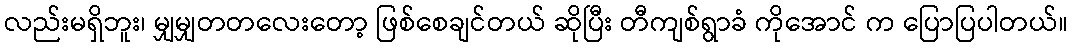
လည်းမရှိဘူး၊ မျှမျှတတလေးတော့ ဖြစ်စေချင်တယ် ဆိုပြီး တီကျစ်ရွာခံ ကိုအောင် က ပြောပြပါတယ်။